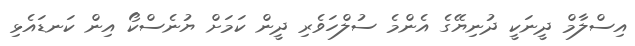
އިސްލާމް ދީނަކީ ދުނިޔޭގެ އެންމެ ސުލްހަވެރި ދީން ކަމަށް ޔުނެސްކޯ އިން ކަނޑައެޅި